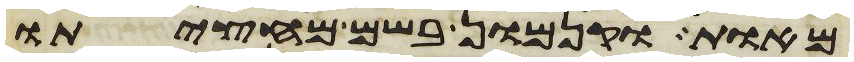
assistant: מאות וקנמון בשם מחציתו